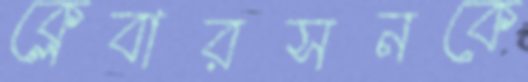
ক্লেবারসনকে